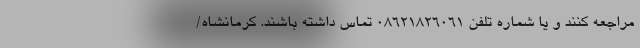
مراجعه کنند و یا شماره تلفن ۰۸۶۲۱۸۲۶۰۶۱ تماس داشته باشند. کرمانشاه/